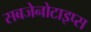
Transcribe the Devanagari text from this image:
सबजेनोटाइप्स